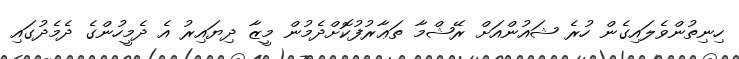
ހިނިތުންވެލައިގެން ހުރެ ޝައުންއަށް ރޭޝްމާ ތަޢާރުފުކޮށްދެމުން މީޒާ ދިޔައިރު އެ ދެމީހުންގެ ދެމެދުގައި